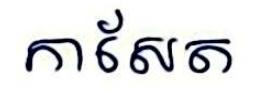
កាសែត